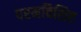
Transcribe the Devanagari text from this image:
परमविशिष्ट